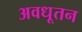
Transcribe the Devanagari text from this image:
अवधूतन